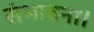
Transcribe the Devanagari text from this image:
संभावना।